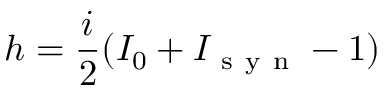
h = \frac { i } { 2 } ( I _ { 0 } + I _ { \mathrm { ~ s ~ y ~ n ~ } } - 1 )